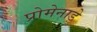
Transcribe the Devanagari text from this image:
प्रोमेनाड़े